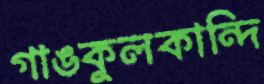
গাঙকুলকান্দি